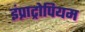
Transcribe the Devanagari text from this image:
इंप्राट्रोपियम